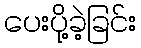
ပေးပို့ခဲ့ခြင်း